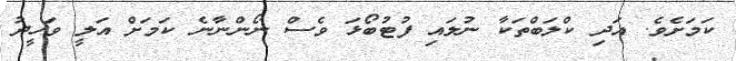
ކަމަށެވެ. އަދި ކްލަބްތަކާ ނުލައި ފުޓުބޯޅަ ވެސް ނޯންނާނެ ކަމަށް އަލީ ވަހީދު